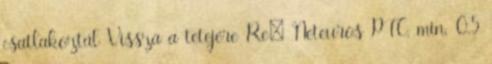
csatlakoztál Vissza a tetejére Re: Neteuros PTC, min. 0.5